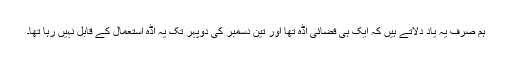
ہم صرف یہ یاد دلاتے ہیں کہ ایک ہی فضائی اڈہ تھا اور تین دسمبر کی دوپہر تک یہ اڈہ استعمال کے قابل نہیں رہا تھا۔